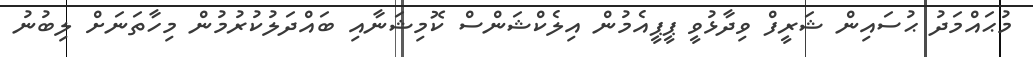
މުޙައްމަދު ޙުސައިން ޝަރީފް ވިދާޅުވީ ޕީޕީއެމުން އިލެކްޝަންސް ކޮމިޝަނާއި ބައްދަލުކުރުމުން މިހާތަނަށް ލިބުނު